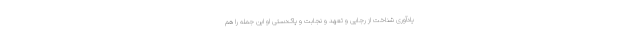
یادآوری شناخت از رجایی و تعهد و نجابت و پاک‌دستی او این جمله را هم